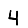
Digit: 4